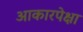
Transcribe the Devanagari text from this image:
आकारपेक्षा